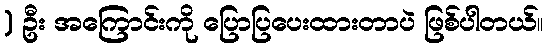
) ဦး အကြောင်းကို ပြောပြပေးထားတာပဲ ဖြစ်ပါတယ်။